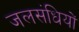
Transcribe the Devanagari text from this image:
जलसंधियों